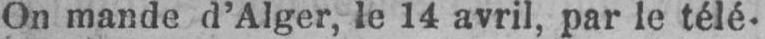
On mande d’Alger, le 14 avril, par le télé-